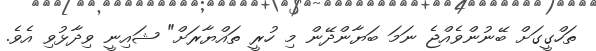
ތަހްގީގަށް ބޭނުންވެއްޖެ ނަމަ ބަޔާންދޭން މި ހުރީ ތައްޔާރަށް" ޝައިނީ ވިދާޅުވި އެވެ.